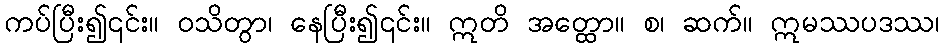
ကပ်ပြီး၍၎င်း။ ဝသိတွာ၊ နေပြီး၍၎င်း။ ဣတိ အတ္ထော။ စ၊ ဆက်။ ဣမဿပဒဿ၊